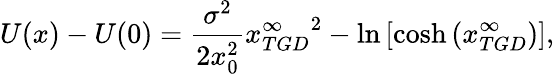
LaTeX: U(x)-U(0)=\frac{\sigma^{2}}{2x_{0}^{2}}{x_{TGD}^{\infty}}^{2}-\ln\left[\cosh\left(x_{TGD}^{\infty}\right)\right],